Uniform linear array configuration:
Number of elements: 48
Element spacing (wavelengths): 1
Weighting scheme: kaiser
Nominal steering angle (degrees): -45
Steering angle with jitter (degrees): -43.08
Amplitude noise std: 0.05
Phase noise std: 0.05

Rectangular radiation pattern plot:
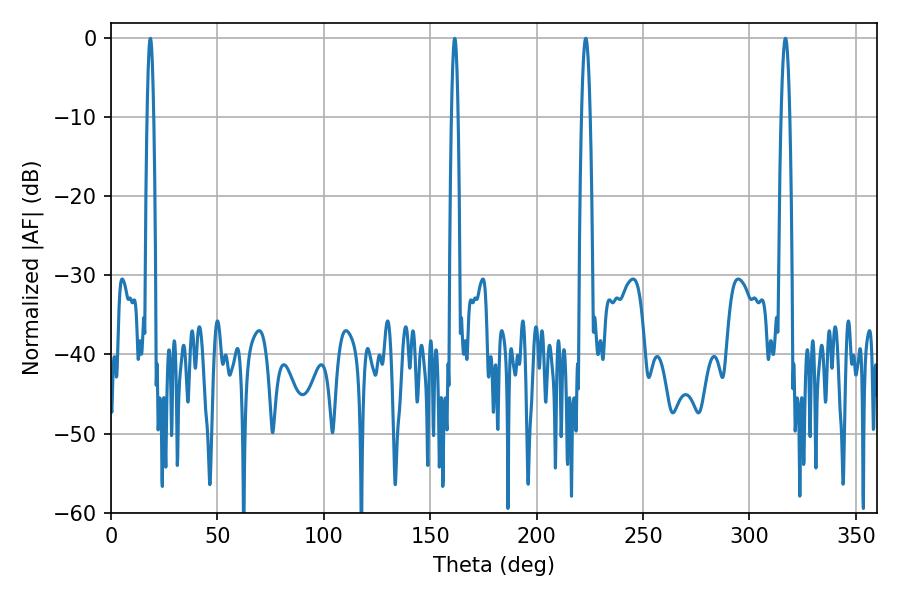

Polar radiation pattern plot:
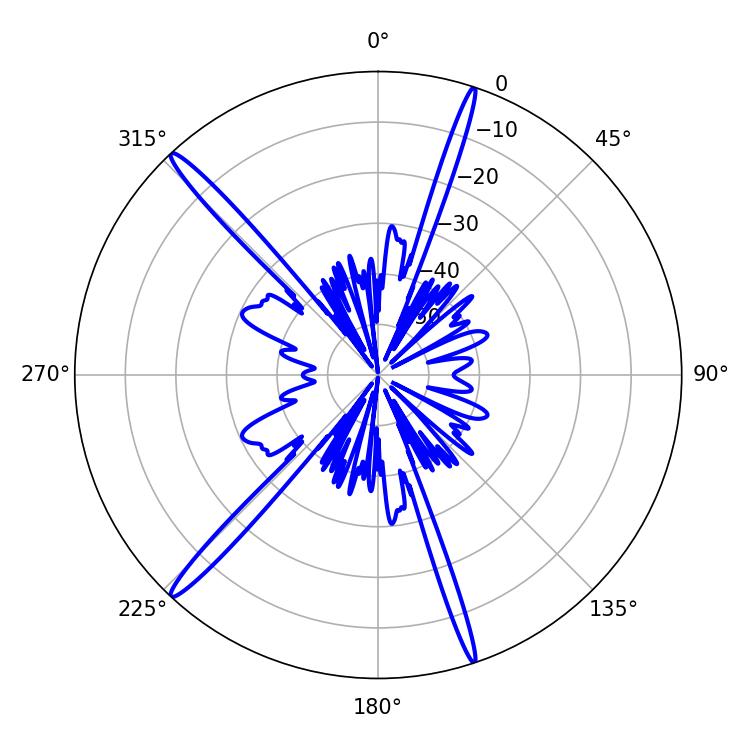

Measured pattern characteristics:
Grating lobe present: TRUE
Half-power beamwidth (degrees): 2.16
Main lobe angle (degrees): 223.02